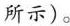
所示)。